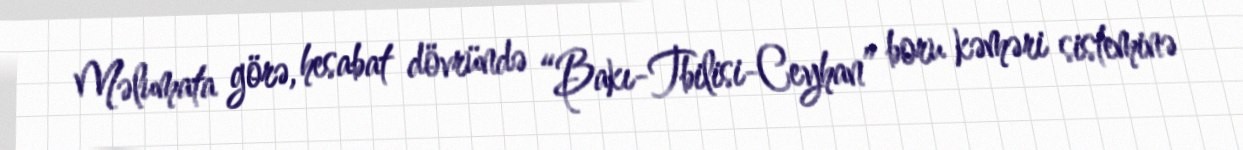
Məlumata görə, hesabat dövründə “Bakı-Tbilisi-Ceyhan” boru kəməri sisteminə